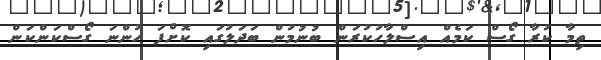
ތިމާ ކުރާ ގޯސް ކަމެއް އިސްލާހުކުރަން ބުނުމުން ބަދަލުގައި ކޮށްފަ ހުންނަ ގޯސްކަންކަން